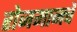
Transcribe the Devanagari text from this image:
रोजमानचे